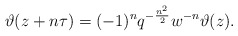
\begin{align*}\vartheta(z+n\tau)=(-1)^nq^{-\frac{n^2}{2}}w^{-n}\vartheta(z).\end{align*}